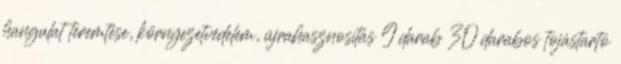
hangulat teremtése, környezetvédelem, újrahasznosítás 9 darab 30 darabos tojástartó